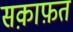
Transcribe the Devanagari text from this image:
सक़ाफ़त